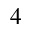
^ { 4 }